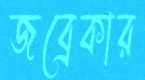
জব্রেকার